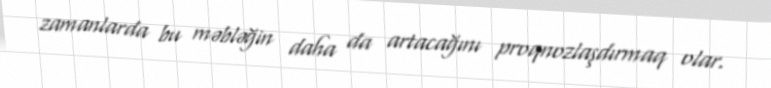
zamanlarda bu məbləğin daha da artacağını proqnozlaşdırmaq olar.